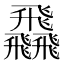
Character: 飝